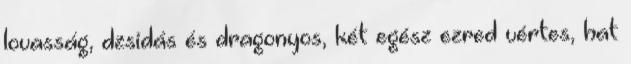
lovasság, dzsidás és dragonyos, két egész ezred vértes, hat